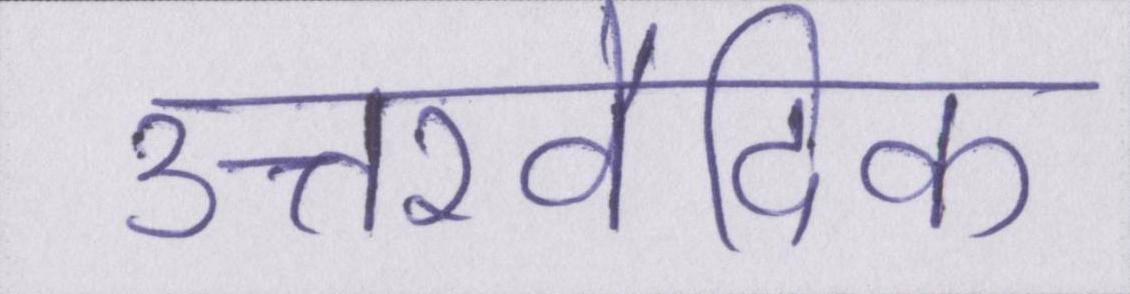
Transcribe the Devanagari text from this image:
उत्तरवैदिक